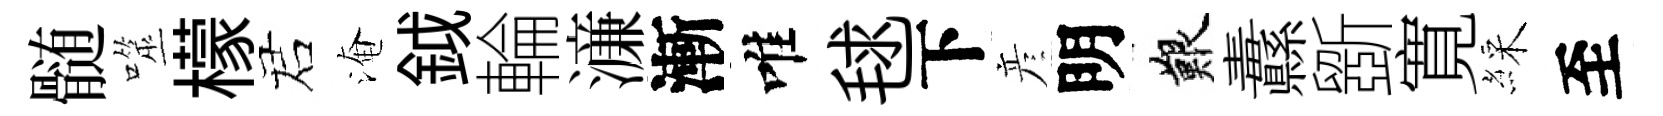
髄噬檬诺淹鉞輪濓漸唯毬下彦明艱纛斵寛綵至